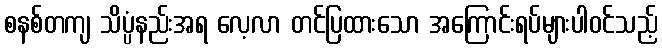
စနစ်တကျ သိပ္ပံနည်းအရ လေ့လာ တင်ပြထားသော အကြောင်းရပ်များပါဝင်သည့်